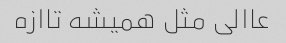
عاالی مثل همیشه تاازه